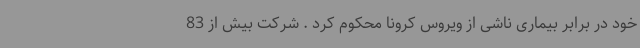
خود در برابر بیماری ناشی از ویروس کرونا محکوم کرد . شرکت بیش از 83